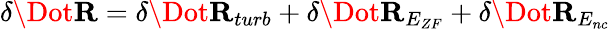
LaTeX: \delta\Dot{\mathbf{R}}=\delta\Dot{\mathbf{R}}_{turb}+\delta\Dot{\mathbf{R}}_{E_{ZF}}+\delta\Dot{\mathbf{R}}_{E_{nc}}